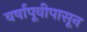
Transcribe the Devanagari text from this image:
वर्षांपूवीपासून